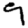
Digit: 9